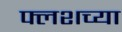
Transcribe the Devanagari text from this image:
फ्लशच्या